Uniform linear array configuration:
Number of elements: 12
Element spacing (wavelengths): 1
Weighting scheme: binomial
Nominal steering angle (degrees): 0
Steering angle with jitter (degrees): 1.036
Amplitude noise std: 0.05
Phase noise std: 0.05

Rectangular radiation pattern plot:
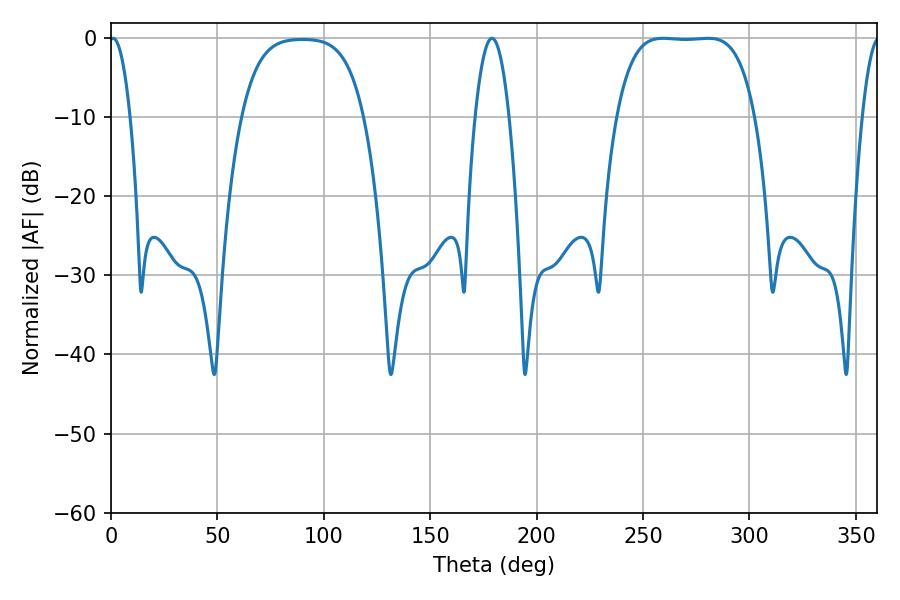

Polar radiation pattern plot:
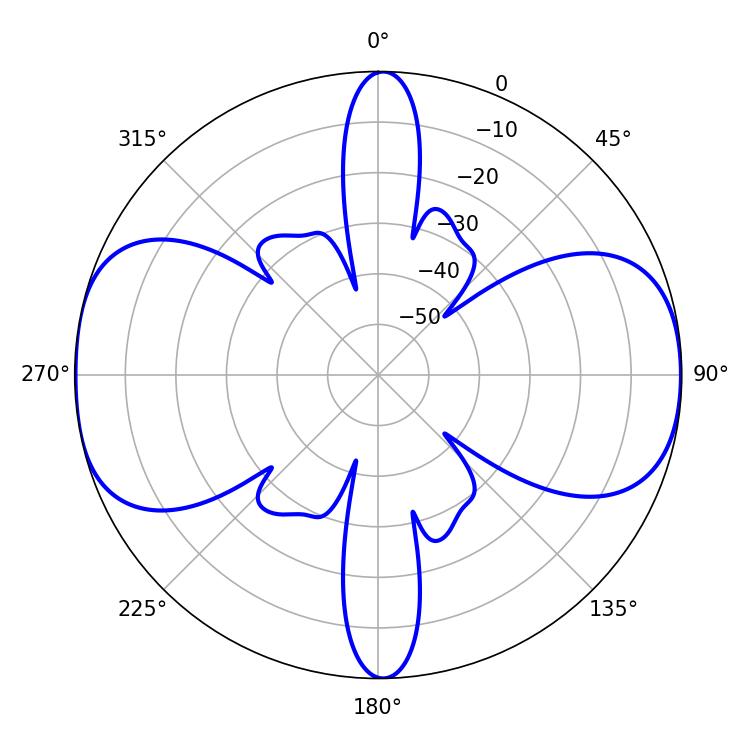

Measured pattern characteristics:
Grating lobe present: TRUE
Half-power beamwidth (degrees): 50.04
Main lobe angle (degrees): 259.38